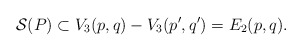
\begin{align*}{\cal S}(P) \subset V_3(p,q)-V_3(p',q') = E_2(p,q).\end{align*}